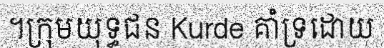
។ក្រុមយុទ្ធជន Kurde គាំទ្រដោយ